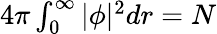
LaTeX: \begin{array}{r}{4\pi\int_{0}^{\infty}|\phi|^{2}dr=N}\end{array}